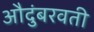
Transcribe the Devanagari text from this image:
औदुंबरवती